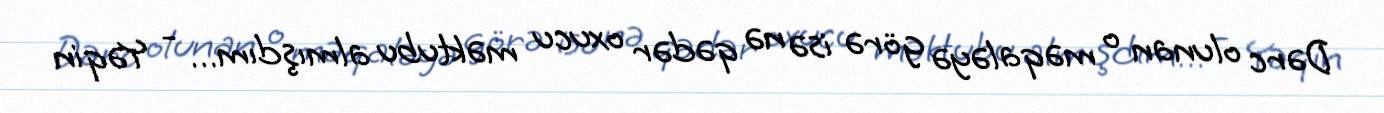
Dərc olunan o məqaləyə görə isə nə qədər oxucu məktubu almışdım… - Yəqin